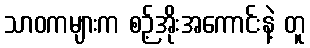
သာဝကများက စဉ့်အိုးအကောင်းနဲ့ တူ